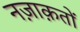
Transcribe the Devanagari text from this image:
नज़ाक़तों